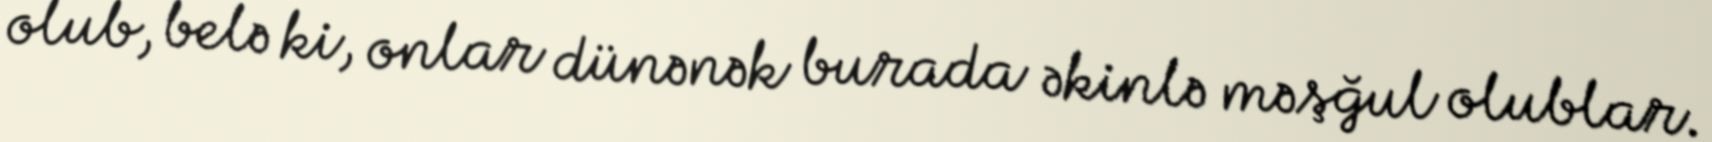
olub, belə ki, onlar dünənək burada əkinlə məşğul olublar.